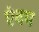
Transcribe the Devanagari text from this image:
एंवम